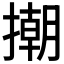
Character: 𢴿